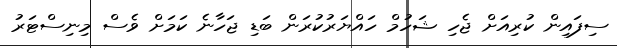
ސިފައިން ކުރިއަށް ޖެހި ޝަހުމް ހައްޔަރުކުރަން ބަޑި ޖަހާނެ ކަމަށް ވެސް މިނިސްޓަރު